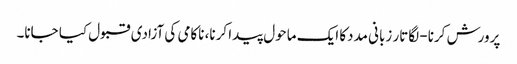
پرورش کرنا- لگاتار زبانی مددکا ایک ماحول پیدا کرنا، ناکامی کی آزادی قبول کیا جانا۔